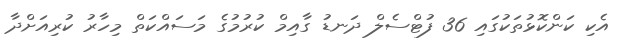
އެކި ކަންކޮޅުތަކުގައި 36 ފުޓްސެލް ދަނޑު ގާއިމް ކުރުމުގެ މަސައްކަތް މިހާރު ކުރިއަށްދާ